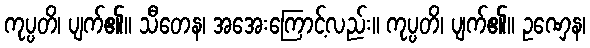
ကုပ္ပတိ၊ ပျက်၏။ သီတေန၊ အအေးကြောင့်လည်း။ ကုပ္ပတိ၊ ပျက်၏။ ဥဏှေန၊